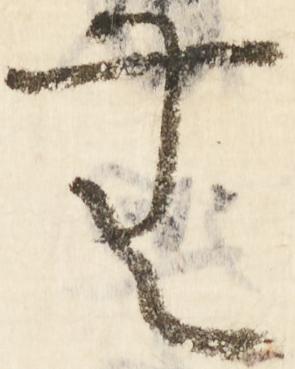
無